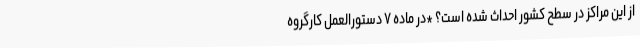
از این مراکز در سطح کشور احداث شده است؟ *در ماده ۷ دستورالعمل کارگروه